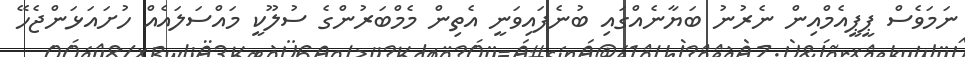
ނަމަވެސް ޕީޕީއެމްއިން ނެރުނު ބަޔާނެއްގައި ބުނެފައިވަނީ އެތިން މެމްބަރުންގެ ސުލޫކީ މައްސަލައެއް ހުށައަޅަންޖެހޭ